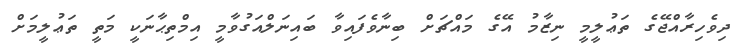
ދިވެހިރާއްޖޭގެ ތަޢުލީމީ ނިޒާމު އޭގެ މައްޗަށް ބިނާވެފައިވާ ބައިނަލްއަގުވާމީ އިމްތިޙާނަކީ މަތީ ތަޢުލީމަށް